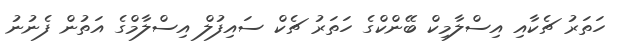
ހަތަރު ޗެކާއި އިސްލާމިކް ބޭންކްގެ ހަތަރު ޗެކް ސައިފުލް އިސްލާމްގެ އަތުން ފެނުނު